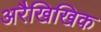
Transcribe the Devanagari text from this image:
अरैखिखिक